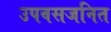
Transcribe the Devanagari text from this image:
उपवसजनित